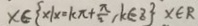
x \in \{ x \vert x \cdot k \pi + \frac { \pi } { 2 } , k \in z \} x \in R